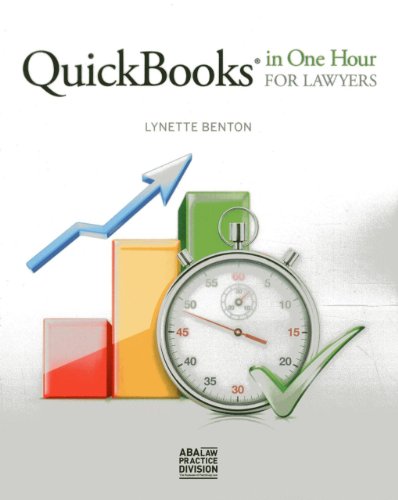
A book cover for QuickBooks in One Hour for Lawyers; Lynette Benton; Computers & Technology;